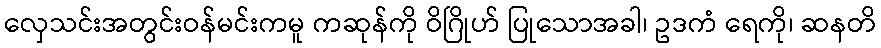
လှေသင်းအတွင်းဝန်မင်းကမူ ကဆုန်ကို ဝိဂြိုဟ် ပြုသောအခါ၊ ဥဒကံ ရေကို၊ ဆနတိ